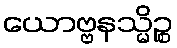
ယောဗ္ဗနသ္မိဉ္စ